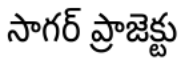
సాగర్ ప్రాజెక్టు